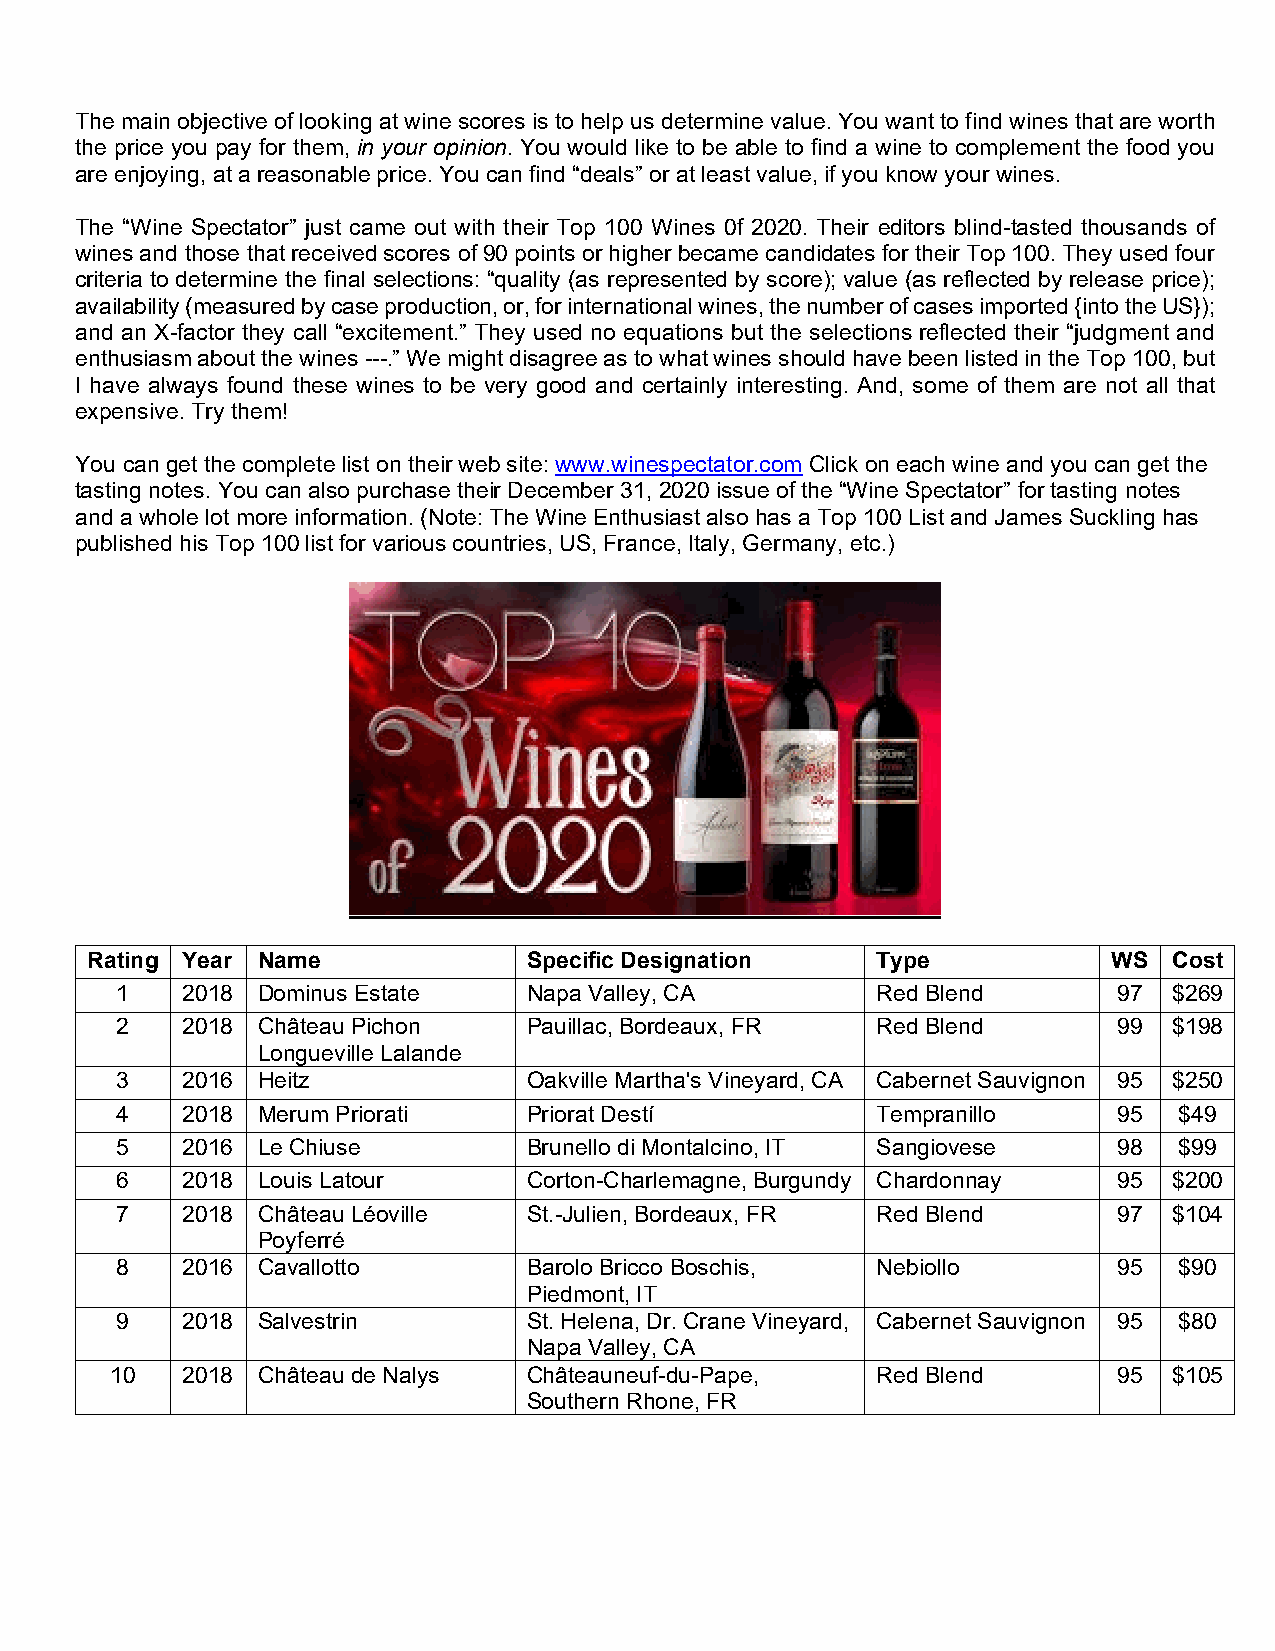
The main objective of looking at wine scores is to help us determine value. You want to find wines that are worth
 the price you pay for them, in your opinion. You would like to be able to find a wine to complement the food you
 are enjoying, at a reasonable price. You can find “deals” or at least value, if you know your wines.
 The “Wine Spectator” just came out with their Top 100 Wines 0f 2020. Their editors blind-tasted thousands of
 wines and those that received scores of 90 points or higher became candidates for their Top 100. They used four
 criteria to determine the final selections: “quality (as represented by score); value (as reflected by release price);
 availability (measured by case production, or, for international wines, the number of cases imported {into the US});
 and an X-factor they call “excitement.” They used no equations but the selections reflected their “judgment and
 enthusiasm about the wines ---.” We might disagree as to what wines should have been listed in the Top 100, but
 I have always found these wines to be very good and certainly interesting. And, some of them are not all that
 expensive. Try them!
 You can get the complete list on their web site: www.winespectator.com Click on each wine and you can get the
 tasting notes. You can also purchase their December 31, 2020 issue of the “Wine Spectator” for tasting notes
 and a whole lot more information. (Note: The Wine Enthusiast also has a Top 100 List and James Suckling has
 published his Top 100 list for various countries, US, France, Italy, Germany, etc.)
 Rating Year Name             Specific Designation   Type            WS  Cost
 1   2018 Dominus Estate    Napa Valley, CA        Red Blend       97  $269
 2   2018 Château Pichon    Pauillac, Bordeaux, FR Red Blend       99  $198
 Longueville Lalande
 3   2016 Heitz             Oakville Martha's Vineyard, CA Cabernet Sauvignon 95 $250
 4   2018 Merum Priorati    Priorat Destí          Tempranillo     95  $49
 5   2016 Le Chiuse         Brunello di Montalcino, IT Sangiovese  98  $99
 6   2018 Louis Latour      Corton-Charlemagne, Burgundy Chardonnay 95 $200
 7   2018 Château Léoville  St.-Julien, Bordeaux, FR Red Blend     97  $104
 Poyferré
 8   2016 Cavallotto        Barolo Bricco Boschis, Nebiollo        95  $90
 Piedmont, IT
 9   2018 Salvestrin        St. Helena, Dr. Crane Vineyard, Cabernet Sauvignon 95 $80
 Napa Valley, CA
 10   2018 Château de Nalys  Châteauneuf-du-Pape,   Red Blend       95  $105
 Southern Rhone, FR